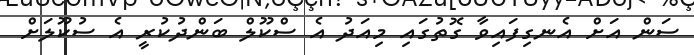
ސަން އަށް އެނގިފައިވާ ގޮތުގައި މިއަދު އެ ސްކޫލް ބަންދުކުރީ އެ ސުކޫލަށް